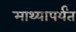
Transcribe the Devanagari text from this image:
माथ्यापर्यंत